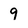
Character: 9